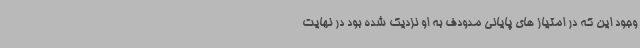
وجود این که در امتیاز های پایانی مدودف به او نزدیک شده بود در نهایت